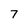
Character: 7